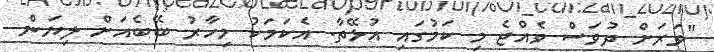
"ވަރަށް ދުވަސް ވެއްޖެ މި ކަމުގައި އުޅޭތާ. އެކަމަކު މިހާރު ބޭބެއަށް ލިޔަން